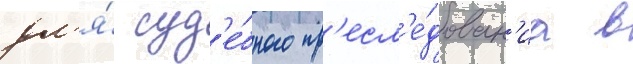
дл'я́ суд'е́бного пр'есл'е́дован'иа в